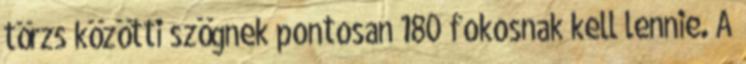
törzs közötti szögnek pontosan 180 fokosnak kell lennie. A